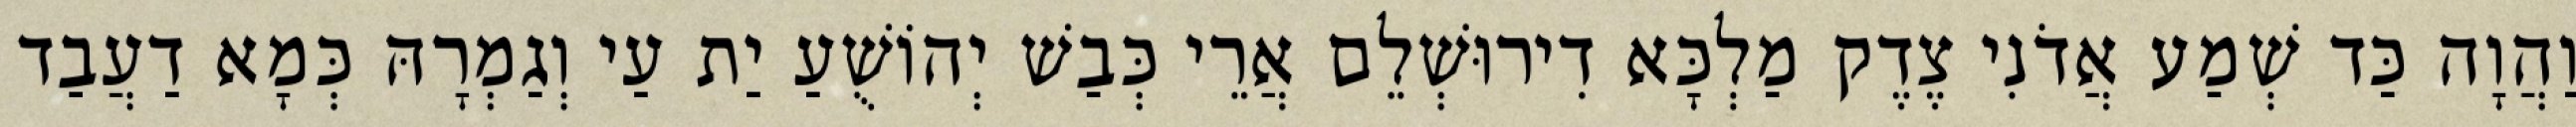
וַהֲוָה כַּד שְׁמַע אֲדֹנִי צֶדֶק מַלְכָּא דִירוּשְׁלֵם אֲרֵי כְּבַשׁ יְהוֹשֻׁעַ יַת עַי וְגַמְרָהּ כְּמָא דַעֲבַד